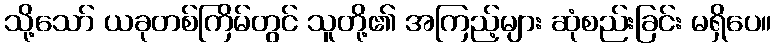
သို့သော် ယခုတစ်ကြိမ်တွင် သူတို့၏ အကြည့်များ ဆုံစည်းခြင်း မရှိပေ။